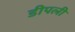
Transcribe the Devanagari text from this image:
डीपली